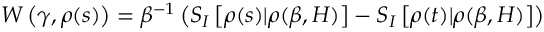
W \left( \gamma , \rho ( s ) \right) = \beta ^ { - 1 } \left( S _ { I } \left[ \rho ( s ) | \rho ( \beta , H ) \right] - S _ { I } \left[ \rho ( t ) | \rho ( \beta , H ) \right] \right)